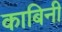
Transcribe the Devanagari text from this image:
काबिनी